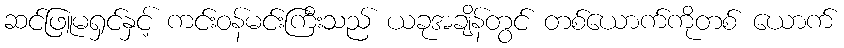
ဆင်ဖြူမရှင်နှင့် ကင်းဝန်မင်းကြီးသည် ယခုအချိန်တွင် တစ်ယောက်ကိုတစ် ယောက်